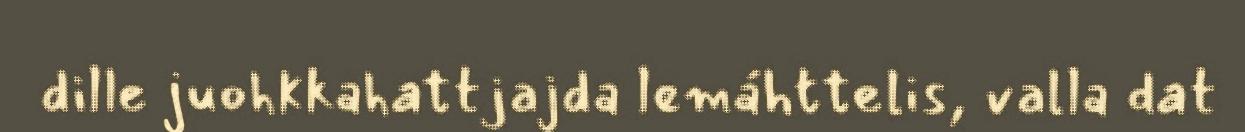
dille juohkkahattjajda lemáhttelis, valla dat